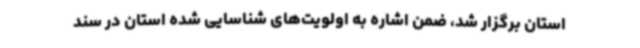
استان برگزار شد، ضمن اشاره به اولویت‌های شناسایی شده استان در سند